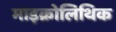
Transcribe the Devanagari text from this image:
माइक्रोलिथिक